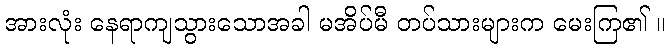
အားလုံး နေရာကျသွားသောအခါ မအိပ်မီ တပ်သားများက မေးကြ၏ ။